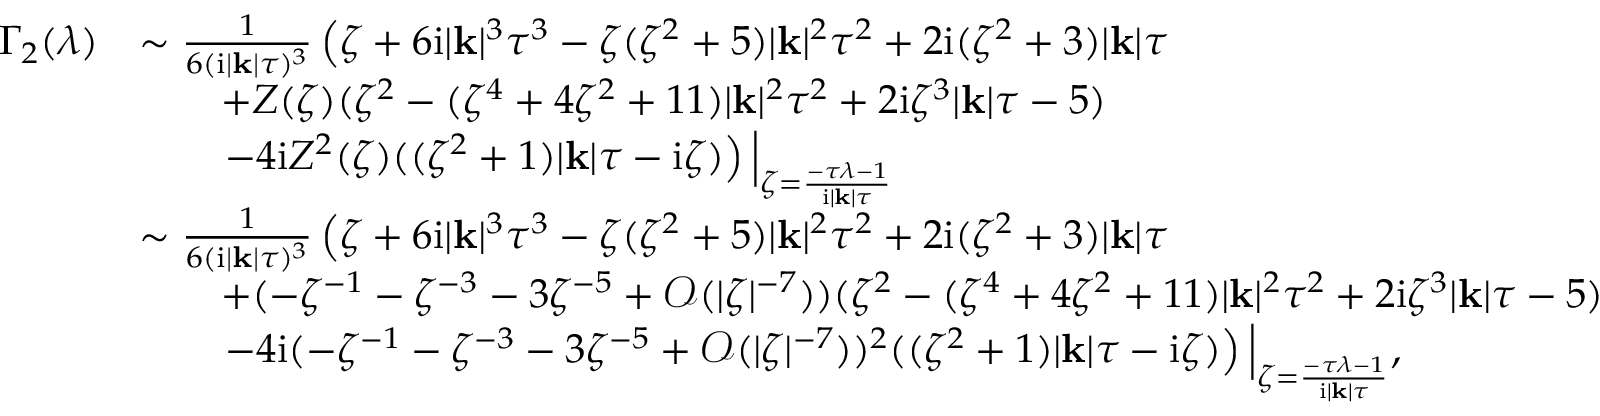
\begin{array} { r l } { \Gamma _ { 2 } ( \lambda ) } & { \sim \frac { 1 } { 6 ( \mathrm { i } | \mathbf { k } | \tau ) ^ { 3 } } \left( \zeta + 6 \mathrm { i } | \mathbf { k } | ^ { 3 } \tau ^ { 3 } - \zeta ( \zeta ^ { 2 } + 5 ) | \mathbf { k } | ^ { 2 } \tau ^ { 2 } + 2 \mathrm { i } ( \zeta ^ { 2 } + 3 ) | \mathbf { k } | \tau \right. } \\ & { \qquad + Z ( \zeta ) ( \zeta ^ { 2 } - ( \zeta ^ { 4 } + 4 \zeta ^ { 2 } + 1 1 ) | \mathbf { k } | ^ { 2 } \tau ^ { 2 } + 2 \mathrm { i } \zeta ^ { 3 } | \mathbf { k } | \tau - 5 ) } \\ & { \qquad \left. - 4 \mathrm { i } Z ^ { 2 } ( \zeta ) ( ( \zeta ^ { 2 } + 1 ) | \mathbf { k } | \tau - \mathrm { i } \zeta ) \right) \Big | _ { \zeta = \frac { - \tau \lambda - 1 } { \mathrm { i } | \mathbf { k } | \tau } } } \\ & { \sim \frac { 1 } { 6 ( \mathrm { i } | \mathbf { k } | \tau ) ^ { 3 } } \left( \zeta + 6 \mathrm { i } | \mathbf { k } | ^ { 3 } \tau ^ { 3 } - \zeta ( \zeta ^ { 2 } + 5 ) | \mathbf { k } | ^ { 2 } \tau ^ { 2 } + 2 \mathrm { i } ( \zeta ^ { 2 } + 3 ) | \mathbf { k } | \tau \right. } \\ & { \qquad + ( - \zeta ^ { - 1 } - \zeta ^ { - 3 } - 3 \zeta ^ { - 5 } + \mathcal { O } ( | \zeta | ^ { - 7 } ) ) ( \zeta ^ { 2 } - ( \zeta ^ { 4 } + 4 \zeta ^ { 2 } + 1 1 ) | \mathbf { k } | ^ { 2 } \tau ^ { 2 } + 2 \mathrm { i } \zeta ^ { 3 } | \mathbf { k } | \tau - 5 ) } \\ & { \qquad \left. - 4 \mathrm { i } ( - \zeta ^ { - 1 } - \zeta ^ { - 3 } - 3 \zeta ^ { - 5 } + \mathcal { O } ( | \zeta | ^ { - 7 } ) ) ^ { 2 } ( ( \zeta ^ { 2 } + 1 ) | \mathbf { k } | \tau - \mathrm { i } \zeta ) \right) \Big | _ { \zeta = \frac { - \tau \lambda - 1 } { \mathrm { i } | \mathbf { k } | \tau } } , } \end{array}